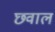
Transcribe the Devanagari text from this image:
छवाल